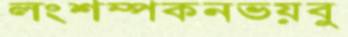
লংশম্পকনভয়বু